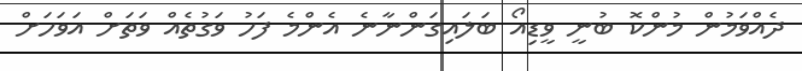
ދެއްވަމުން މުންކޮ ބުނީ ވީޑިއޯ ބަލައިގަންނާނެ އެންމެ ފަހު ވަގުތެއް ވަތަށް އަވަހަށް